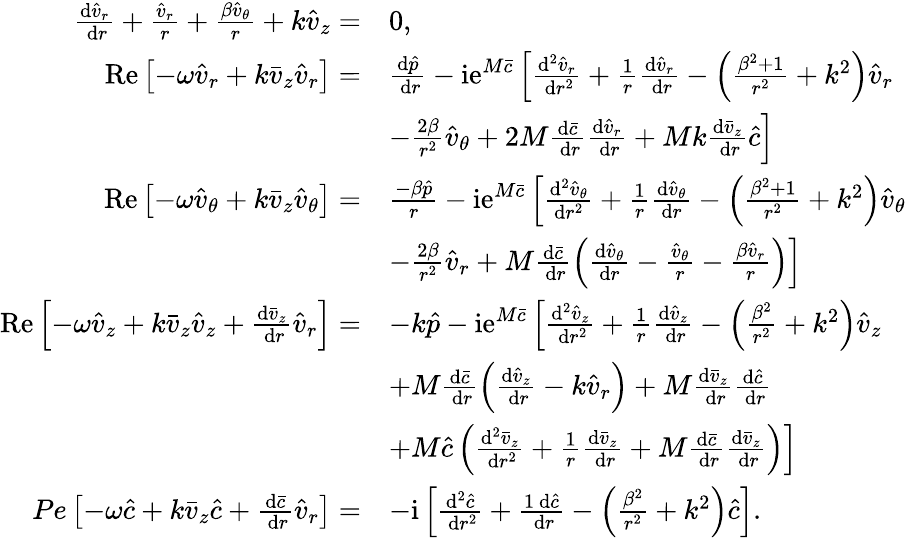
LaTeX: \begin{array}{rl}{\frac{\mathrm{d}\hat{v}_{r}}{\mathrm{~d}r}+\frac{\hat{v}_{r}}{r}+\frac{\beta\hat{v}_{\theta}}{r}+k\hat{v}_{z}=}&{0,}\\ {\operatorname{Re}\left[-\omega\hat{v}_{r}+k\bar{v}_{z}\hat{v}_{r}\right]=}&{\frac{\mathrm{d}\hat{p}}{\mathrm{~d}r}-\mathrm{ie}^{M\bar{c}}\left[\frac{\mathrm{d}^{2}\hat{v}_{r}}{\mathrm{~d}r^{2}}+\frac{1}{r}\frac{\mathrm{d}\hat{v}_{r}}{\mathrm{~d}r}-\left(\frac{\beta^{2}+1}{r^{2}}+k^{2}\right)\hat{v}_{r}\right.}\\ &{\left.-\frac{2\beta}{r^{2}}\hat{v}_{\theta}+2M\frac{\mathrm{d}\bar{c}}{\mathrm{~d}r}\frac{\mathrm{d}\hat{v}_{r}}{\mathrm{~d}r}+Mk\frac{\mathrm{d}\bar{v}_{z}}{\mathrm{~d}r}\hat{c}\right]}\\ {\operatorname{Re}\left[-\omega\hat{v}_{\theta}+k\bar{v}_{z}\hat{v}_{\theta}\right]=}&{\frac{-\beta\hat{p}}{r}-\mathrm{ie}^{M\bar{c}}\left[\frac{\mathrm{d}^{2}\hat{v}_{\theta}}{\mathrm{d}r^{2}}+\frac{1}{r}\frac{\mathrm{d}\hat{v}_{\theta}}{\mathrm{d}r}-\left(\frac{\beta^{2}+1}{r^{2}}+k^{2}\right)\hat{v}_{\theta}\right.}\\ &{\left.-\frac{2\beta}{r^{2}}\hat{v}_{r}+M\frac{\mathrm{d}\bar{c}}{\mathrm{~d}r}\left(\frac{\mathrm{d}\hat{v}_{\theta}}{\mathrm{d}r}-\frac{\hat{v}_{\theta}}{r}-\frac{\beta\hat{v}_{r}}{r}\right)\right]}\\ {\operatorname{Re}\left[-\omega\hat{v}_{z}+k\bar{v}_{z}\hat{v}_{z}+\frac{\mathrm{d}\bar{v}_{z}}{\mathrm{~d}r}\hat{v}_{r}\right]=}&{-k\hat{p}-\mathrm{ie}^{M\bar{c}}\left[\frac{\mathrm{d}^{2}\hat{v}_{z}}{\mathrm{~d}r^{2}}+\frac{1}{r}\frac{\mathrm{d}\hat{v}_{z}}{\mathrm{~d}r}-\left(\frac{\beta^{2}}{r^{2}}+k^{2}\right)\hat{v}_{z}\right.}\\ &{+M\frac{\mathrm{d}\bar{c}}{\mathrm{~d}r}\left(\frac{\mathrm{d}\hat{v}_{z}}{\mathrm{~d}r}-k\hat{v}_{r}\right)+M\frac{\mathrm{d}\bar{v}_{z}}{\mathrm{~d}r}\frac{\mathrm{d}\hat{c}}{\mathrm{~d}r}}\\ &{\left.+M\hat{c}\left(\frac{\mathrm{d}^{2}\bar{v}_{z}}{\mathrm{~d}r^{2}}+\frac{1}{r}\frac{\mathrm{d}\bar{v}_{z}}{\mathrm{~d}r}+M\frac{\mathrm{d}\bar{c}}{\mathrm{~d}r}\frac{\mathrm{d}\bar{v}_{z}}{\mathrm{~d}r}\right)\right]}\\ {Pe\left[-\omega\hat{c}+k\bar{v}_{z}\hat{c}+\frac{\mathrm{d}\bar{c}}{\mathrm{~d}r}\hat{v}_{r}\right]=}&{-\mathrm{i}\left[\frac{\mathrm{d}^{2}\hat{c}}{\mathrm{~d}r^{2}}+\frac{1\mathrm{~d}\hat{c}}{\mathrm{~d}r}-\left(\frac{\beta^{2}}{r^{2}}+k^{2}\right)\hat{c}\right].}\end{array}